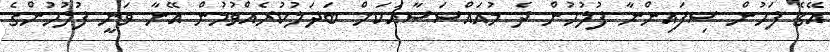
އޭގެ ފަހުން ސިފައިންނާ ފުލުހުން ދެ މުއައްސަސާއަކަށް ބަދަލުކުރެއްވުމުން އޭނާ ވަނީ ފުލުހުންގެ